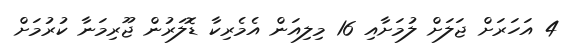
4 އަހަރަށް ޖަލަށް ލުމަށާއި 16 މިލިއަން އެމެރިކާ ޑޮލަރުން ޖޫރިމަނާ ކުރުމަށް